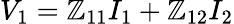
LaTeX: V_{1}=\mathbb{Z}_{11}I_{1}+\mathbb{Z}_{12}I_{2}